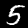
Digit: 5